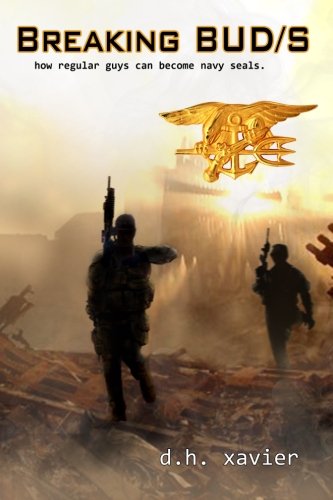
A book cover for Breaking BUD/S: How Regular Guys Can Become Navy SEALs; DH Xavier; History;